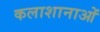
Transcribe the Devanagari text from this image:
कलाशानाओं